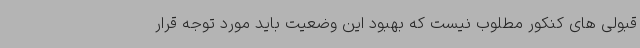
قبولی های کنکور مطلوب نیست که بهبود این وضعیت باید مورد توجه قرار